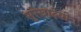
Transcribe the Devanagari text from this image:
सुरेखादेवी